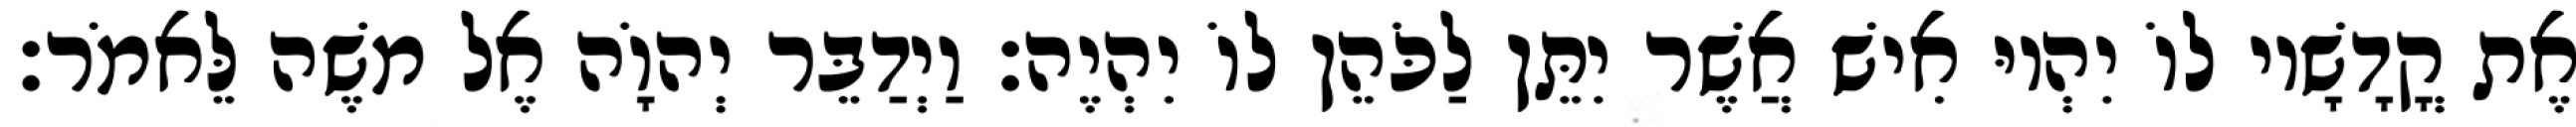
אֶת קֳדָשָׁיו לוֹ יִהְיוּ אִישׁ אֲשֶׁר יִתֵּן לַכֹּהֵן לוֹ יִהְיֶה׃ וַיְדַבֵּר יְהוָֹה אֶל משֶׁה לֵּאמֹר׃